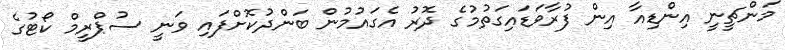
މަންޗީނީ އިންޑިއާ އިން ފުރާވަޑައިގަތުމުގެ ދޮރު އެގައުމުން ބަންދުކޮށްފައި ވަނީ ސުޕްރީމް ކޯޓުގެ